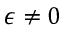
\epsilon \neq 0